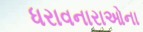
ધરાવનારાઓના